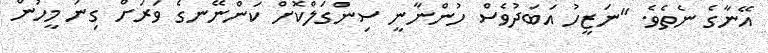
އޭނާގެ ނެތެވެ. "ނަޒީހު އަބަދުވެސް ހުންނާނީ ސިންގަލްކޮށް ކަންނޭނގެ ވަރަށް ގިނަ މީހުން